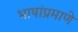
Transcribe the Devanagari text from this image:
भाषांप्रमाणे